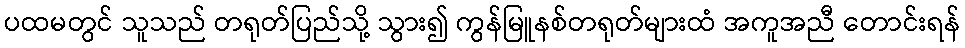
ပထမတွင် သူသည် တရုတ်ပြည်သို့ သွား၍ ကွန်မြူနစ်တရုတ်များထံ အကူအညီ တောင်းရန်